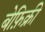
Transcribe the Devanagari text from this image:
बेफ़िक्री